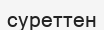
суреттен